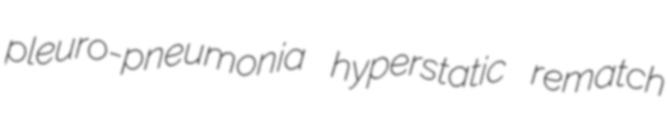
pleuro-pneumonia hyperstatic rematch